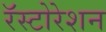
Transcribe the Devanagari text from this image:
रॅस्टोरेशन